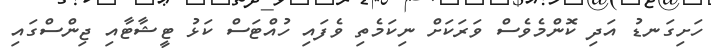
ހަށިގަނޑު އަދި ކޮންމެވެސް ވަރަކަށް ނިކަމެތި ވެފައި ހުއްޓަސް ކަޅު ޓީޝާޓާއި ޖިންސްގައި